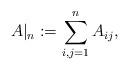
LaTeX: \begin{align*}A|_n:=\sum_{i,j=1}^nA_{ij},\end{align*}